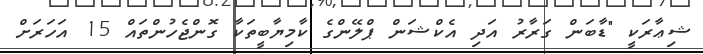
ޝިޢާރަކީ "ޑާބަން ގަރާރު އަދި އެކްޝަން ޕްލޭންގެ ކާމިޔާބީތަކާ ގޮންޖެހުންތައް 15 އަހަރަށް